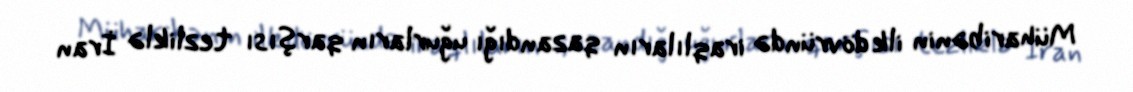
Müharibənin ilk dövründə iraqlıların qazandığı uğurların qarşısı tezliklə İran